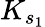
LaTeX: K_{s_{1}}